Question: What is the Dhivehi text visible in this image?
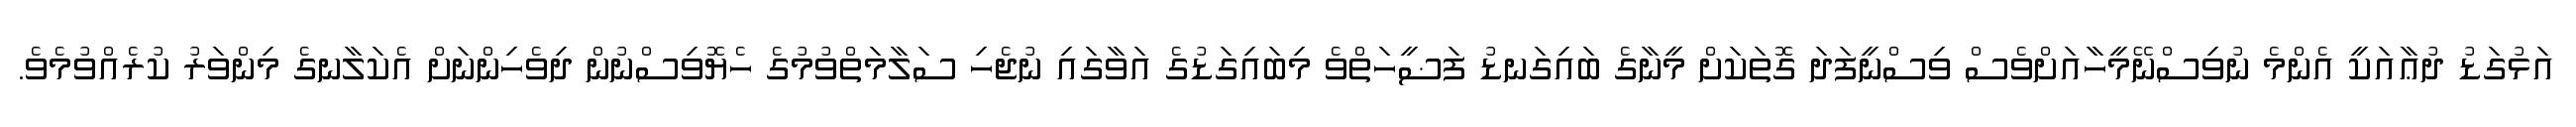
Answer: އަޅުގަޑު ދުޢާއަކީ އެންމެ ނުވިސްނޭމީހާއަށްވެސް ވިސްނީފަދަ ގޮތަކަށް މީނާގެ ބައިގަނޑު ފަޟީހަތްވެ މިބައިގަޑުގެ އަވާގައި ނުޖެހި ސަލާމަތްވުމުގެ ހެޔޮވިސްނުން ދިވެހިންނަށް އެކަލާނގެ މިންވަރު ކުރެއްވުމެވެ.